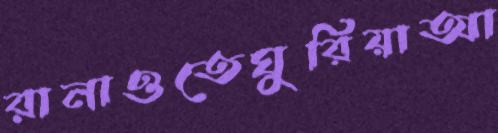
রানাওতেঘুরিয়াআ